Vaccine operations Central Provinces 1886-1899 - 1886-1899
Year: 1886
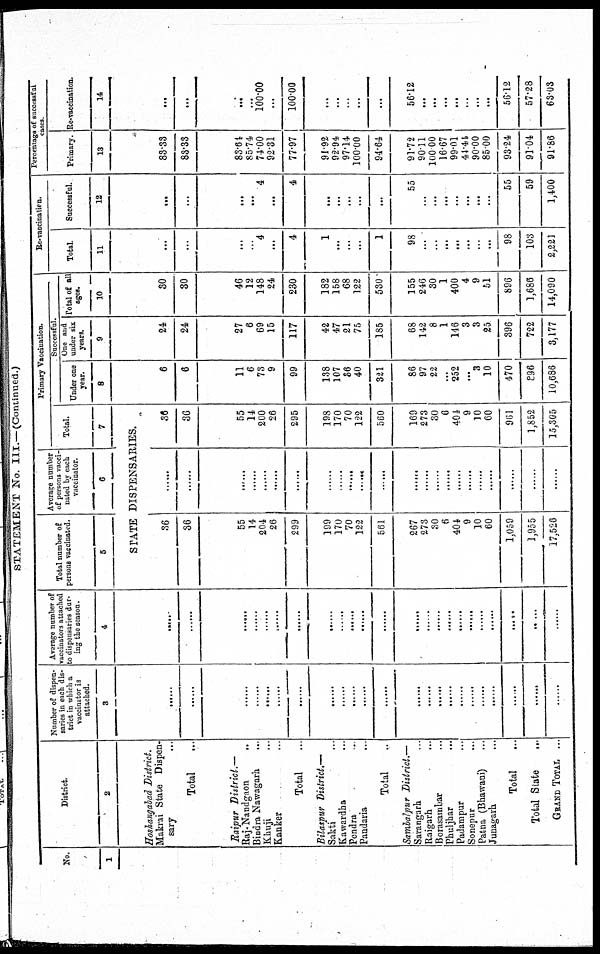
STATEMENT No. III.— (Continued.)
N0.
1
District.
2
Hoshangabad District.
Makrai State Dispen-
sary ...
Total ...
Raipur District.—
Raj-Nandgaon
...
Bindra Nawagarh
...
Khuji ...
Kanker ...
Total ...
Bilaspur District,—
Sakti ...
Kawardha ...
Pendra ...
Pandaria
...
Total ...
Sambalpur District.—
Sarangarh ...
Rajgarh ...
Borasambar ...
Phuljhar ...
Padampur ...
Sonepur
...
Patna (Bhawani) ...
Junagarh ...
Total ...
Total State ...
GRAND TOTAL ...
Number of dispen-
saries in each dis-
trict in which a
vaccinator is
attached.
3
......
......
......
......
......
......
......
......
......
......
......
......
......
......
......
......
......
......
......
......
......
......
......
Average number of
vaccinators attached
to dispensaries dar-
ing the season.
4
......
......
......
......
......
......
......
......
......
......
......
......
......
......
......
......
......
......
......
......
......
......
......
Total number of
persons vaccinated.
5
Average number
of persons vacci-
nated by each
vaccinator.
6
Primary Vaccination.
Total.
7
STATE DISPENSARIES.
36
36
55
14
204
26
299
199
170
70
122
561
267
273
30
6
404
9
10
60
1,059
1,955
17,526
......
......
......
......
......
......
......
......
......
......
......
......
......
......
......
......
......
......
......
......
......
......
......
36
36
55
14
200
26
295
198
170
70
122
560
169
273
30
6
404
9
10
60
961
1,852
15,305
Successful.
Under one
year.
8
6
6
11
6
73
9
99
138
107
36
40
321
86
97
22
...
252
...
3
10
470
896
10,686
One and
under six
years.
9
24
24
27
6
69
15
117
42
47
21
75
185
68
142
8
1
146
3
3
25
396
722
3,177
Total of all
ages.
10
30
30
46
12
148
24
230
182
158
68
122
530
155
246
30
1
400
4
9
51
896
1,686
14,090
Re-vaccination.
Total
11
...
...
...
...
4
...
4
1
...
...
...
1
98
...
...
...
...
...
...
...
98
103
2,221
Successful.
12
...
...
...
...
4
...
4
...
...
...
...
...
55
...
...
...
...
...
...
...
55
59
1,400
Percentage of successful
cases.
Primary.
13
83.33
83.33
83.64
85.74
74.00
92.31
77.97
91.92
92.94
97.14
100.00
94.64
91.72
90.11
100.00
16.67
99.01
44.41
90.00
85.00
93.24
91.04
91.86
Re-vaccination.
14
...
...
...
...
100.00
...
100.00
...
...
...
...
...
56.12
...
...
...
...
...
...
...
56.12
57.28
63.03